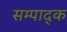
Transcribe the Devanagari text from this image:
सम्पाद्क